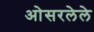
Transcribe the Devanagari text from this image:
ओसरलेले